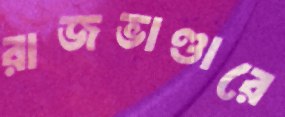
রাজভাণ্ডারে